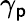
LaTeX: \gamma_{\mathsf{p}}